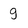
Character: g